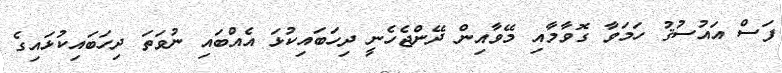
ފަސް އައުސުޤު ހަމަވާ ގޮވާމާއި މޭވާއިން ދޭންޖެހެނީ ދިހަބައިކުޅަ އެއްބައި ނުވަތަ ދިހަބައިކުޅައިގެ